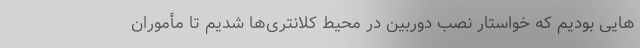
هایی بودیم که خواستار نصب دوربین در محیط کلانتری‌ها شدیم تا مأموران